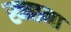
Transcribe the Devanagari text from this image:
ख्न्छना